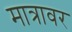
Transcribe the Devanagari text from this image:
मात्रावर